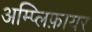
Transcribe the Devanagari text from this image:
अम्प्लिफ़ायर